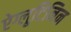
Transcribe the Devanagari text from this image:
ऐग्लूटिनिन